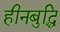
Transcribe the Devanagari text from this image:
हीनबुद्धि